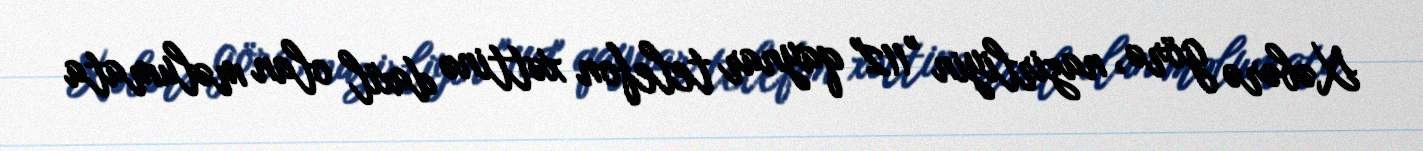
Xəbərə görə, nazirliyin "112" qaynar telefon xəttinə daxil olan məlumata